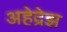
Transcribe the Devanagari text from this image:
अहेद्रेझ